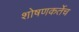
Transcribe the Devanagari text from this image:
शोषणकर्तेच